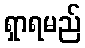
ရှာရမည်